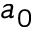
a _ { 0 }